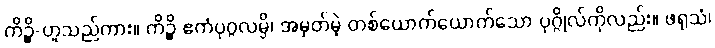
ကိဉ္စိ-ဟူသည်ကား။ ကိဉ္စိ ဧကံပုဂ္ဂလမ္ပိ၊ အမှတ်မဲ့ တစ်ယောက်ယောက်သော ပုဂ္ဂိုလ်ကိုလည်း။ ဖရုသံ၊